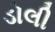
ડોલી